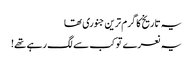
یہ تاریخ کا گرم ترین جنوری تھا
یہ نعرے تو کب سے لگ رہے تھے!